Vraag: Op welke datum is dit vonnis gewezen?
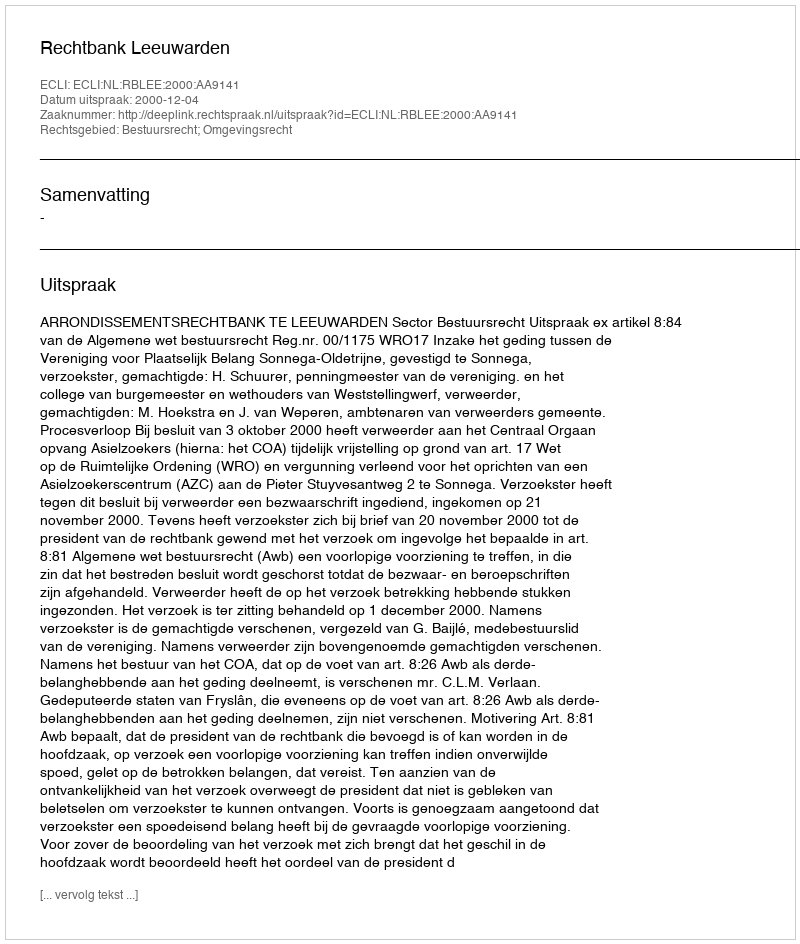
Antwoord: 2000-12-04